Civil Veterinary Dept. Bombay admin report 1900-1906 - 1900-1906
Year: 1900
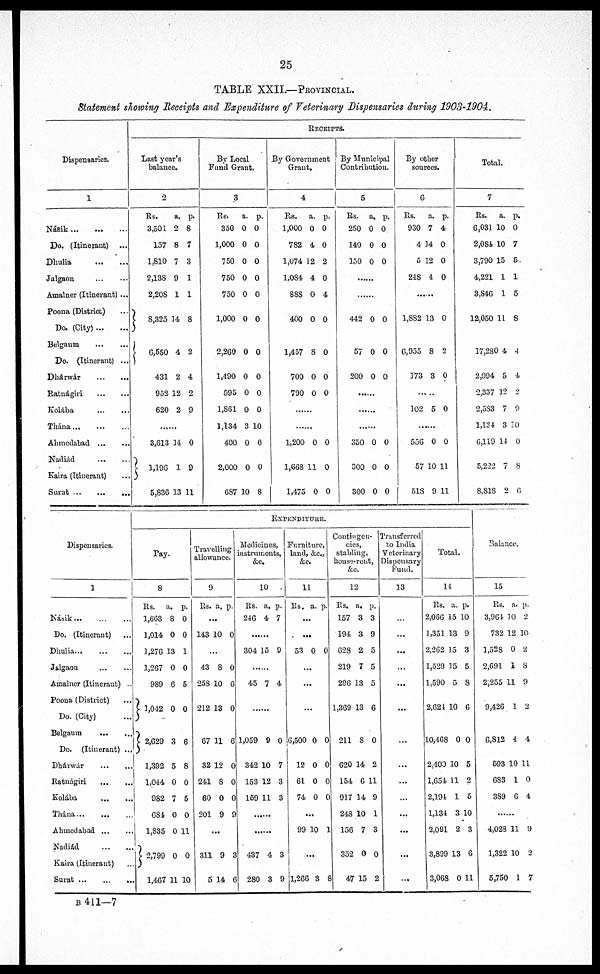
25
TABLE XXII.—PROVINCIAL.
Statement showing Receipts and Expenditure of Veterinary Dispensaries during 1903-1904.
Dispensaries.
1
Násik ... ... ...
Do. (Itinerant)
Dhulia
...
...
Jalgaon
...
...
Amalner (Itinerant) ...
Poona (District)
Do. (City)
Belgaum
...
...
Do. (Itinerant) ...
Dhárwár
...
...
Ratnágiri
...
...
Kolába
...
...
Thána
...
...
...
Ahmedabad
...
...
Nadiád
...
...
Kaira (Itinerant) ...
Surat
...
...
...
RECEIPTS.
Last year's
balance.
2
Rs.
3,501
157
1,810
2,13S
2,20S
8,325 14
6,550
431
952
620
a.
2
8
7
9
1
4
2
12
2
p.
8
7
3
1
1
8
2
4
2
9
..........
3,613
1,198
5,836
14
1
13
0
9
11
By Local
Fund Grant.
3
Rs.
350
1,000
750
750
750
1,000
2,260
1,490
595
1,861
1,134
400
2,000
687
a.
0
0
0
0
0
0
0
0
0
0
3
0
0
10
p.
0
0
0
0
0
0
0
0
0
0
10
0
0
8
By Government
Grant.
4
Rs.
1,000
782
1,074
1,084
888
400
1,457
700
790
a.
0
4
12
4
0
0
8
0
0
p.
0
0
2
0
4
0
0
0
0
........
.........
1,200
1,668
1,475
0
11
0
0
0
0
By Municipal
Contribution.
5
Rs.
250
140
150
a.
0
0 0
0
p.
0
0
.......
.........
442
57
200
0
0
0
0
0
0
...........
..........
.........
350
300
300
0
0
0
0
0
0
By other
sources.
6
Rs.
930
4
5
248
a.
7
14
12
4
p.
4
0
0
0
1,882
6,955
173
13
8
3
0
2
0
102 5 0
556
57
51S
0
10
9
0
11
11
Total.
7
Rs.
6,031
2,084
3,790
4,221
3,846
12,050
17,28
2,994
2,337
2,583
1,134
6,119
5,222
8,818
a.
10
10
15
1
1
11
0 4
5
12
7
3
14
7
2
p.
0
7
5
1
5
8
4
4
2
9
10
0
8
6
Dispensaries.
1
Násik
...
...
...
Do. (Itinerant) ...
Dhulia ...
...
...
Jalgaon
...
...
Amalner ( Itinerant) ...
Poona (District) ...
Do. (City) ...
Belgaum
...
...
Do. (Itinerant) ...
Dhárwár
...
...
Ratnágiri
...
...
Kolába
...
...
Thána ... ... ...
Ahmedabad ... ...
Nadiád
...
...
Kaira (Itinerant) ...
Surat
...
...
...
EXPENDITURE.
Pay.
8
Rs.
1,603
1,014
1,276
1,267
989
1,042
2,629
1,392
1,044
982
681
1,835
2,799
1,467
a.
8
0
13
0
6
0
3
5
0
7
0
0
0
11
p.
0
0
1
0
5
0
6
8
0
5
0
11
0
10
Travelling
allowance.
9
Rs. a. p.
.
..
143 10 0
.
..
43
258
212
67
32
241
60
201
8
10
13
11
12
8
0
9
0
6
0
6
0
0
0
9
...
311
5
9
14
3
6
Medicines,
instruments,
&c.
10
Rs.
246
a.
4
p.
7
...
304 15 9
45 7 4
...
1,059
342
153
159
9
10
12
11
0
7
3
3
...
...
437
280
4
3
3
9
Furniture,
land,&c.
&c.
11
Rs. a. p.
..
. ..
.
53 0 0
..
.
..
.
.
..
6,500
12
61
74
0
0
0
0
0
0
0
0
.
..
99 10 1
.
..
1,266 3 8
Contingen-
cies,
stabling,
house-rent,
&c.
12
Rs.
157
194
628
219
296
1,369
211
620
154
917
243
156
352
47
a.
3
3
2
7
13
13
8
14
6
14
10
7
0
15
p.
3
9
5
5
5
6
0
2
11
9
1
3
0
2
Transferred
to India
Veterinary
Dispensary
Fund.
13
...
...
...
...
...
...
...
...
...
...
...
...
...
...
Total.
14
Rs.
2,066
1,351
2,262
1,529
1,590
2,621
10,468
2,400
1,654
2,194
1,134
2,091
3,899
3,068
a.
15
13
15
15
5
10
0 0
10
11
1
3
2
13
0
p.
10
9
3
5
8
6
5
2
5
10
3
6
11
Balance.
15
Rs.
3,961
732
1,528
2,691
2,255
9,426
6,812
593
683
389
a.
10
12
0
1
11
1
4
10
1
6
p.
2
10
2
8
9
2
4
11
0
4
4,028
1,322
5,750
11
10
1
9
2
7
B 411—7